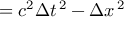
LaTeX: = c ^ { 2 } \Delta t ^ { \, 2 } - \Delta x ^ { \, 2 }